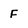
Character: F